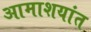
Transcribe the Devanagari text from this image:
आमाशयांत